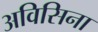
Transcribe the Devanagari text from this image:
अविसिना